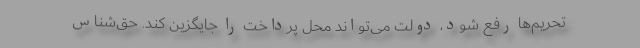
تحریم‌ها رفع شود، دولت می‌تواند محل پرداخت را جایگزین كند. حق‌شناس